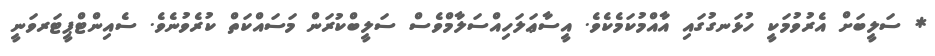
* ސަލީބަށް އެރުވުމަކީ ހުޅަނގުގައި އާއްމުކަމެކެވެ. އީސާޢަލަހިއްސަލާމްވެސް ސަލީބްކުރަން މަސައްކަތް ކުރެވުނެވެ. ސެއިންޓްޕީޓަރވަނީ